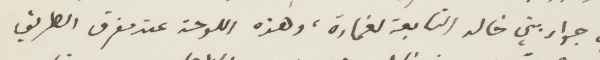
في جوار بني خالد التابعة لغمارة، وهذه اللوحة عند مفترق الطريق